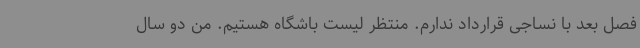
فصل بعد با نساجی قرارداد ندارم. منتظر لیست باشگاه هستیم. من دو سال